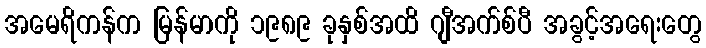
အမေရိကန်က မြန်မာကို ၁၉၈၉ ခုနှစ်အထိ ဂျီအက်စ်ပီ အခွင့်အရေးတွေ